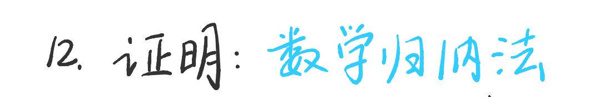
12. 证明: 数学归纳法